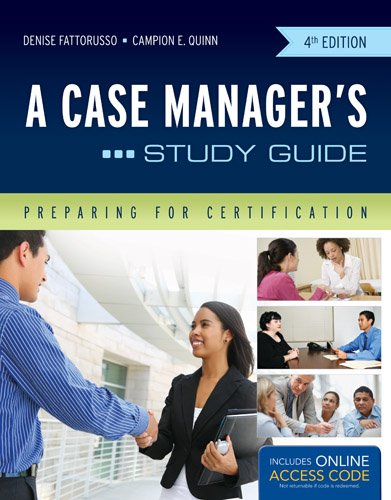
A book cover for A Case Manager's Study Guide: Preparing for Certification; Denise Fattorusso; Medical Books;